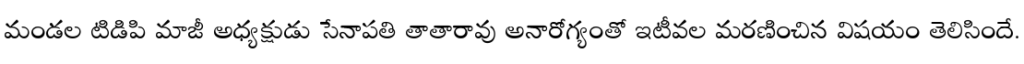
మండల టిడిపి మాజీ అధ్యక్షుడు సేనాపతి తాతారావు అనారోగ్యంతో ఇటీవల మరణించిన విషయం తెలిసిందే.